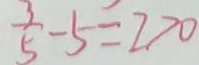
\frac { 3 } { 5 } - 5 = 2 7 0